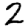
Digit: 2